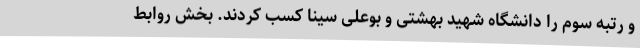
و رتبه سوم را دانشگاه شهید بهشتی و بوعلی سینا کسب کردند. بخش روابط